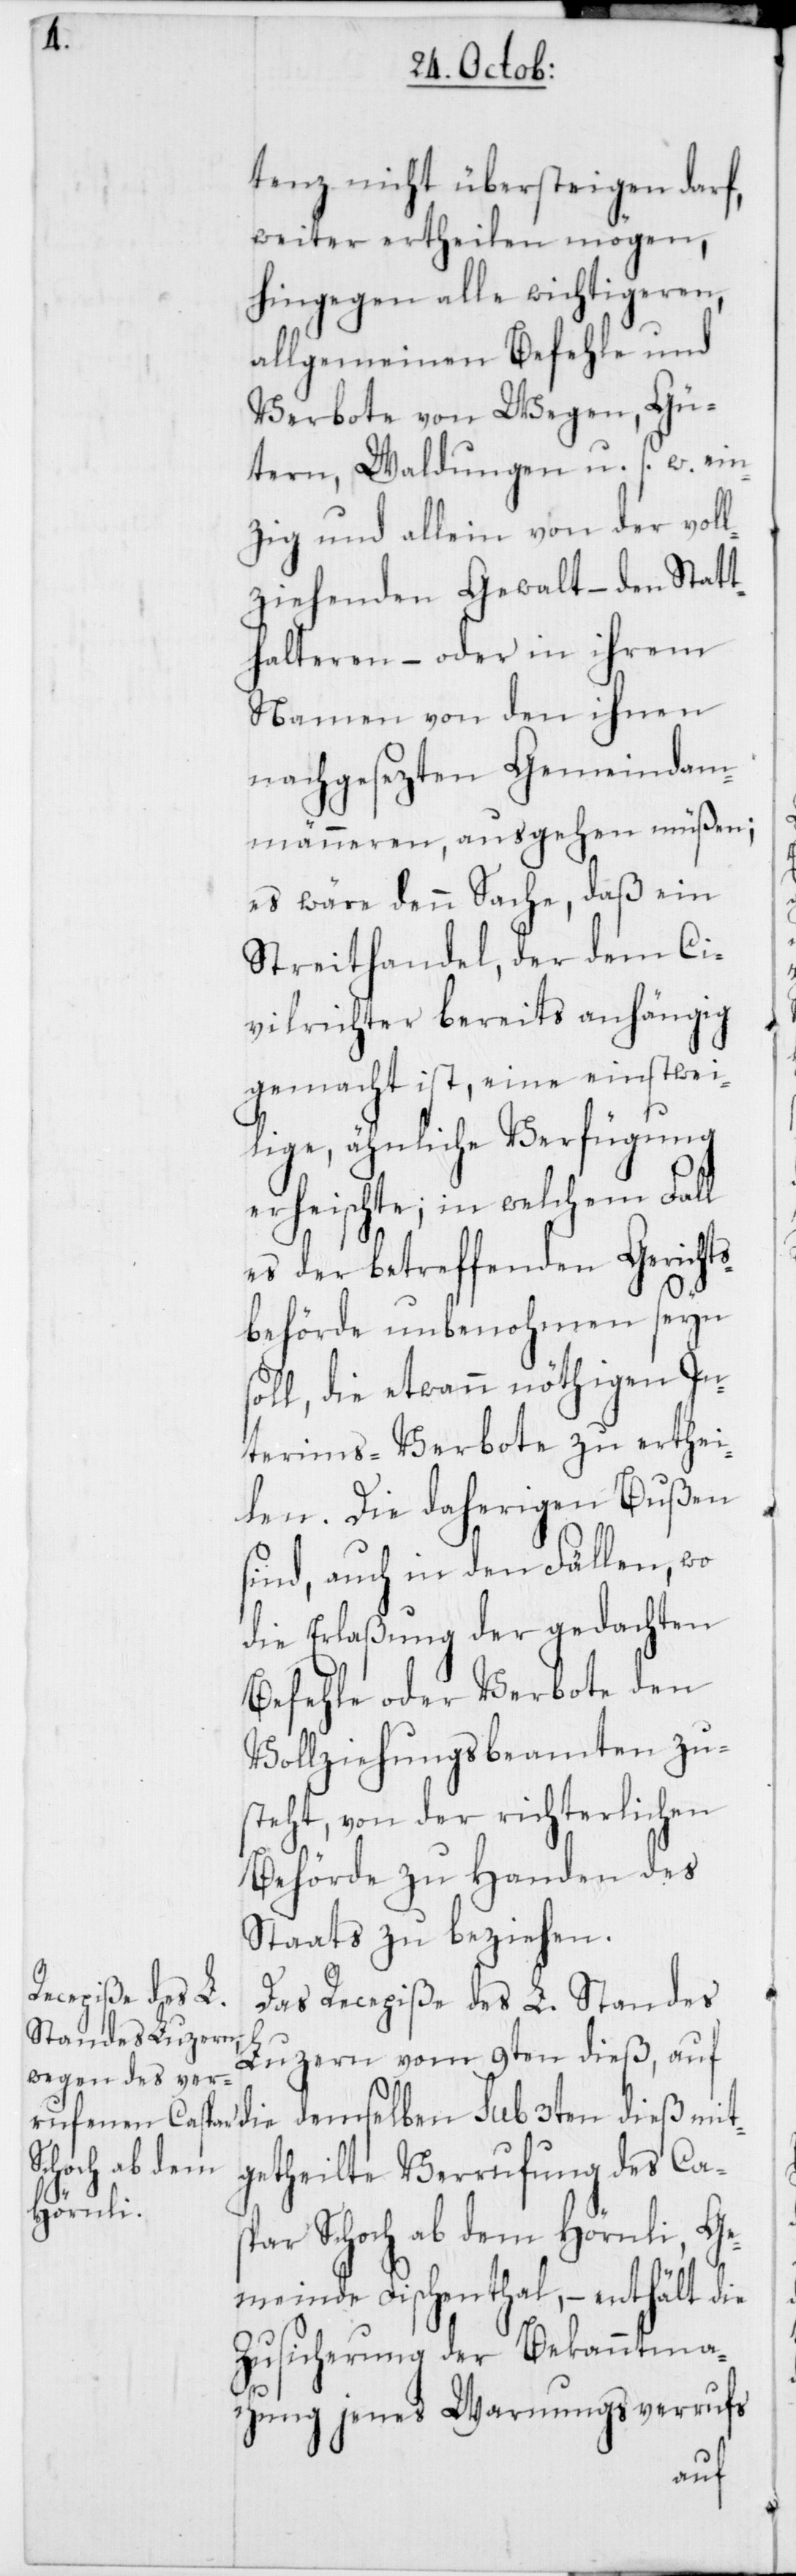
mit¬

tenz nicht übersteigen darf,
weiter ertheilen mögen,
hingegen alle wichtigeren,
allgemeinen Befehle und
Verbote von Wegen, Gü¬
tern, Waldungen u. s. f. ein¬
zig und allein von der voll¬
ziehenden Gewalt – den Statt¬
halteren – oder in ihrem
Namen von den ihnen
nachgesezten Gemeindam¬
männeren, ausgehen müßen;
es wäre denn Sache, daß ein
Streithandel, der dem Ci¬
vilrichter bereits anhängig
gemacht ist, eine einstwei¬
lige ähnliche Verfügung
erheischte; in welchem Fall
es der betreffenden Gericht¬
sbehörde unbenohmen seyn
soll, die etwann nöthigen In¬
terims-Verbote zu erthei¬
len. Die daherigen Bußen
sind, auch in den Fällen, wo
die Erlaßung der gedachten
Befehle oder Verbote den
Vollziehungsbeamten zu¬
steht, von der richterlichen
Behörde zu Handen des
Staats zu beziehen.
Das Recepiße des L. Standes
Luzern vom 9ten dieß, auf
getheilte Verrufung des Ca¬
spar Schoch ab dem Hörnli, Ge¬
meinde Fischenthal, – enthält die
Zusicherung der Bekanntma¬
chung jenes Warnungsverrufs